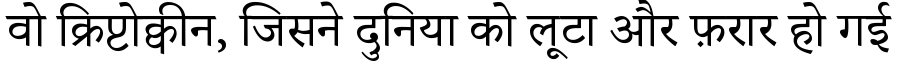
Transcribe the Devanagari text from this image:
वो क्रिप्टोक्वीन, जिसने दुनिया को लूटा और फ़रार हो गई